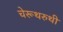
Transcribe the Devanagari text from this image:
चेरूथरुथी